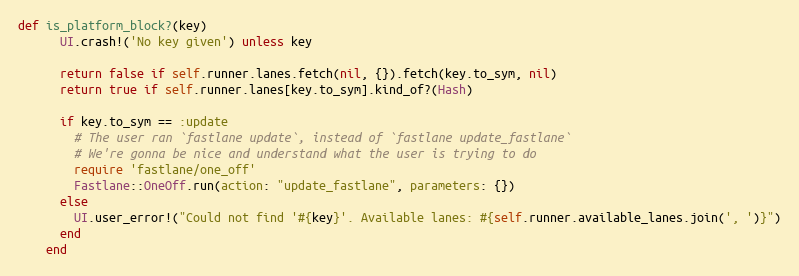
Language: Ruby
def is_platform_block?(key)
      UI.crash!('No key given') unless key

      return false if self.runner.lanes.fetch(nil, {}).fetch(key.to_sym, nil)
      return true if self.runner.lanes[key.to_sym].kind_of?(Hash)

      if key.to_sym == :update
        # The user ran `fastlane update`, instead of `fastlane update_fastlane`
        # We're gonna be nice and understand what the user is trying to do
        require 'fastlane/one_off'
        Fastlane::OneOff.run(action: "update_fastlane", parameters: {})
      else
        UI.user_error!("Could not find '#{key}'. Available lanes: #{self.runner.available_lanes.join(', ')}")
      end
    end